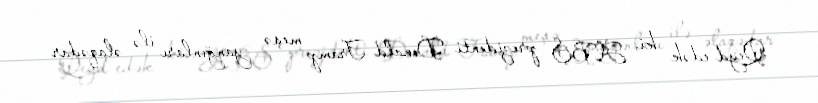
Qeyd edək ki, ABŞ prezidenti Donald Tramp meşə yanğınları ilə əlaqədar